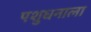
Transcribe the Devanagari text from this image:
पशुधनाला